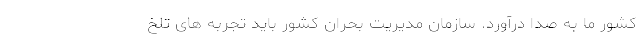
کشور ما به صدا درآورد. سازمان مدیریت بحران کشور باید تجربه های تلخ